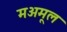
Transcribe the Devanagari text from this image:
मअमूल